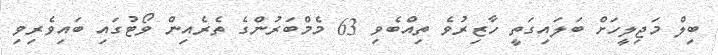
ބިލް މަޖިލީހަށް ބަލައިގަތީ ހާޒިރުވެ ތިއްބެވި 63 މެމްބަރުންގެ ތެރެއިން ވޯޓުގައި ބައިވެރިވި